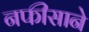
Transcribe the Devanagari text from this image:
नफीसाने